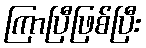
ကြာပြီဖြစ်ပြီး